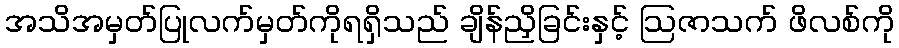
အသိအမှတ်ပြုလက်မှတ်ကိုရရှိသည် ချိန်ညှိခြင်းနှင့် ဩဇာသက် ဖိလစ်ကို